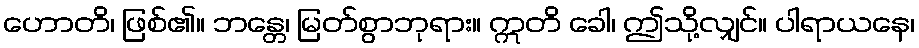
ဟောတိ၊ ဖြစ်၏။ ဘန္တေ၊ မြတ်စွာဘုရား။ ဣတိ ခေါ၊ ဤသို့လျှင်။ ပါရာယနေ၊